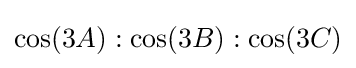
\cos(3A):\cos(3B):\cos(3C)